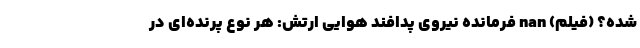
شده؟ (فیلم) nan فرمانده نیروی پدافند هوایی ارتش: هر نوع پرنده‌ای در